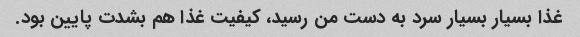
غذا بسیار بسیار سرد به دست من رسید، کیفیت غذا هم بشدت پایین بود.